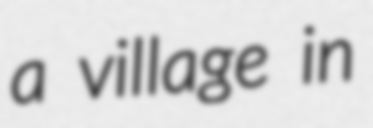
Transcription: a village in